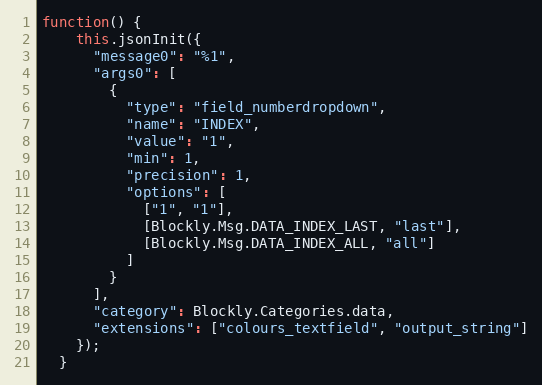
Language: JavaScript
function() {
    this.jsonInit({
      "message0": "%1",
      "args0": [
        {
          "type": "field_numberdropdown",
          "name": "INDEX",
          "value": "1",
          "min": 1,
          "precision": 1,
          "options": [
            ["1", "1"],
            [Blockly.Msg.DATA_INDEX_LAST, "last"],
            [Blockly.Msg.DATA_INDEX_ALL, "all"]
          ]
        }
      ],
      "category": Blockly.Categories.data,
      "extensions": ["colours_textfield", "output_string"]
    });
  }